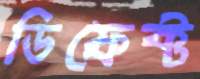
ডিফেক্ট